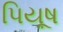
પિયૂષ